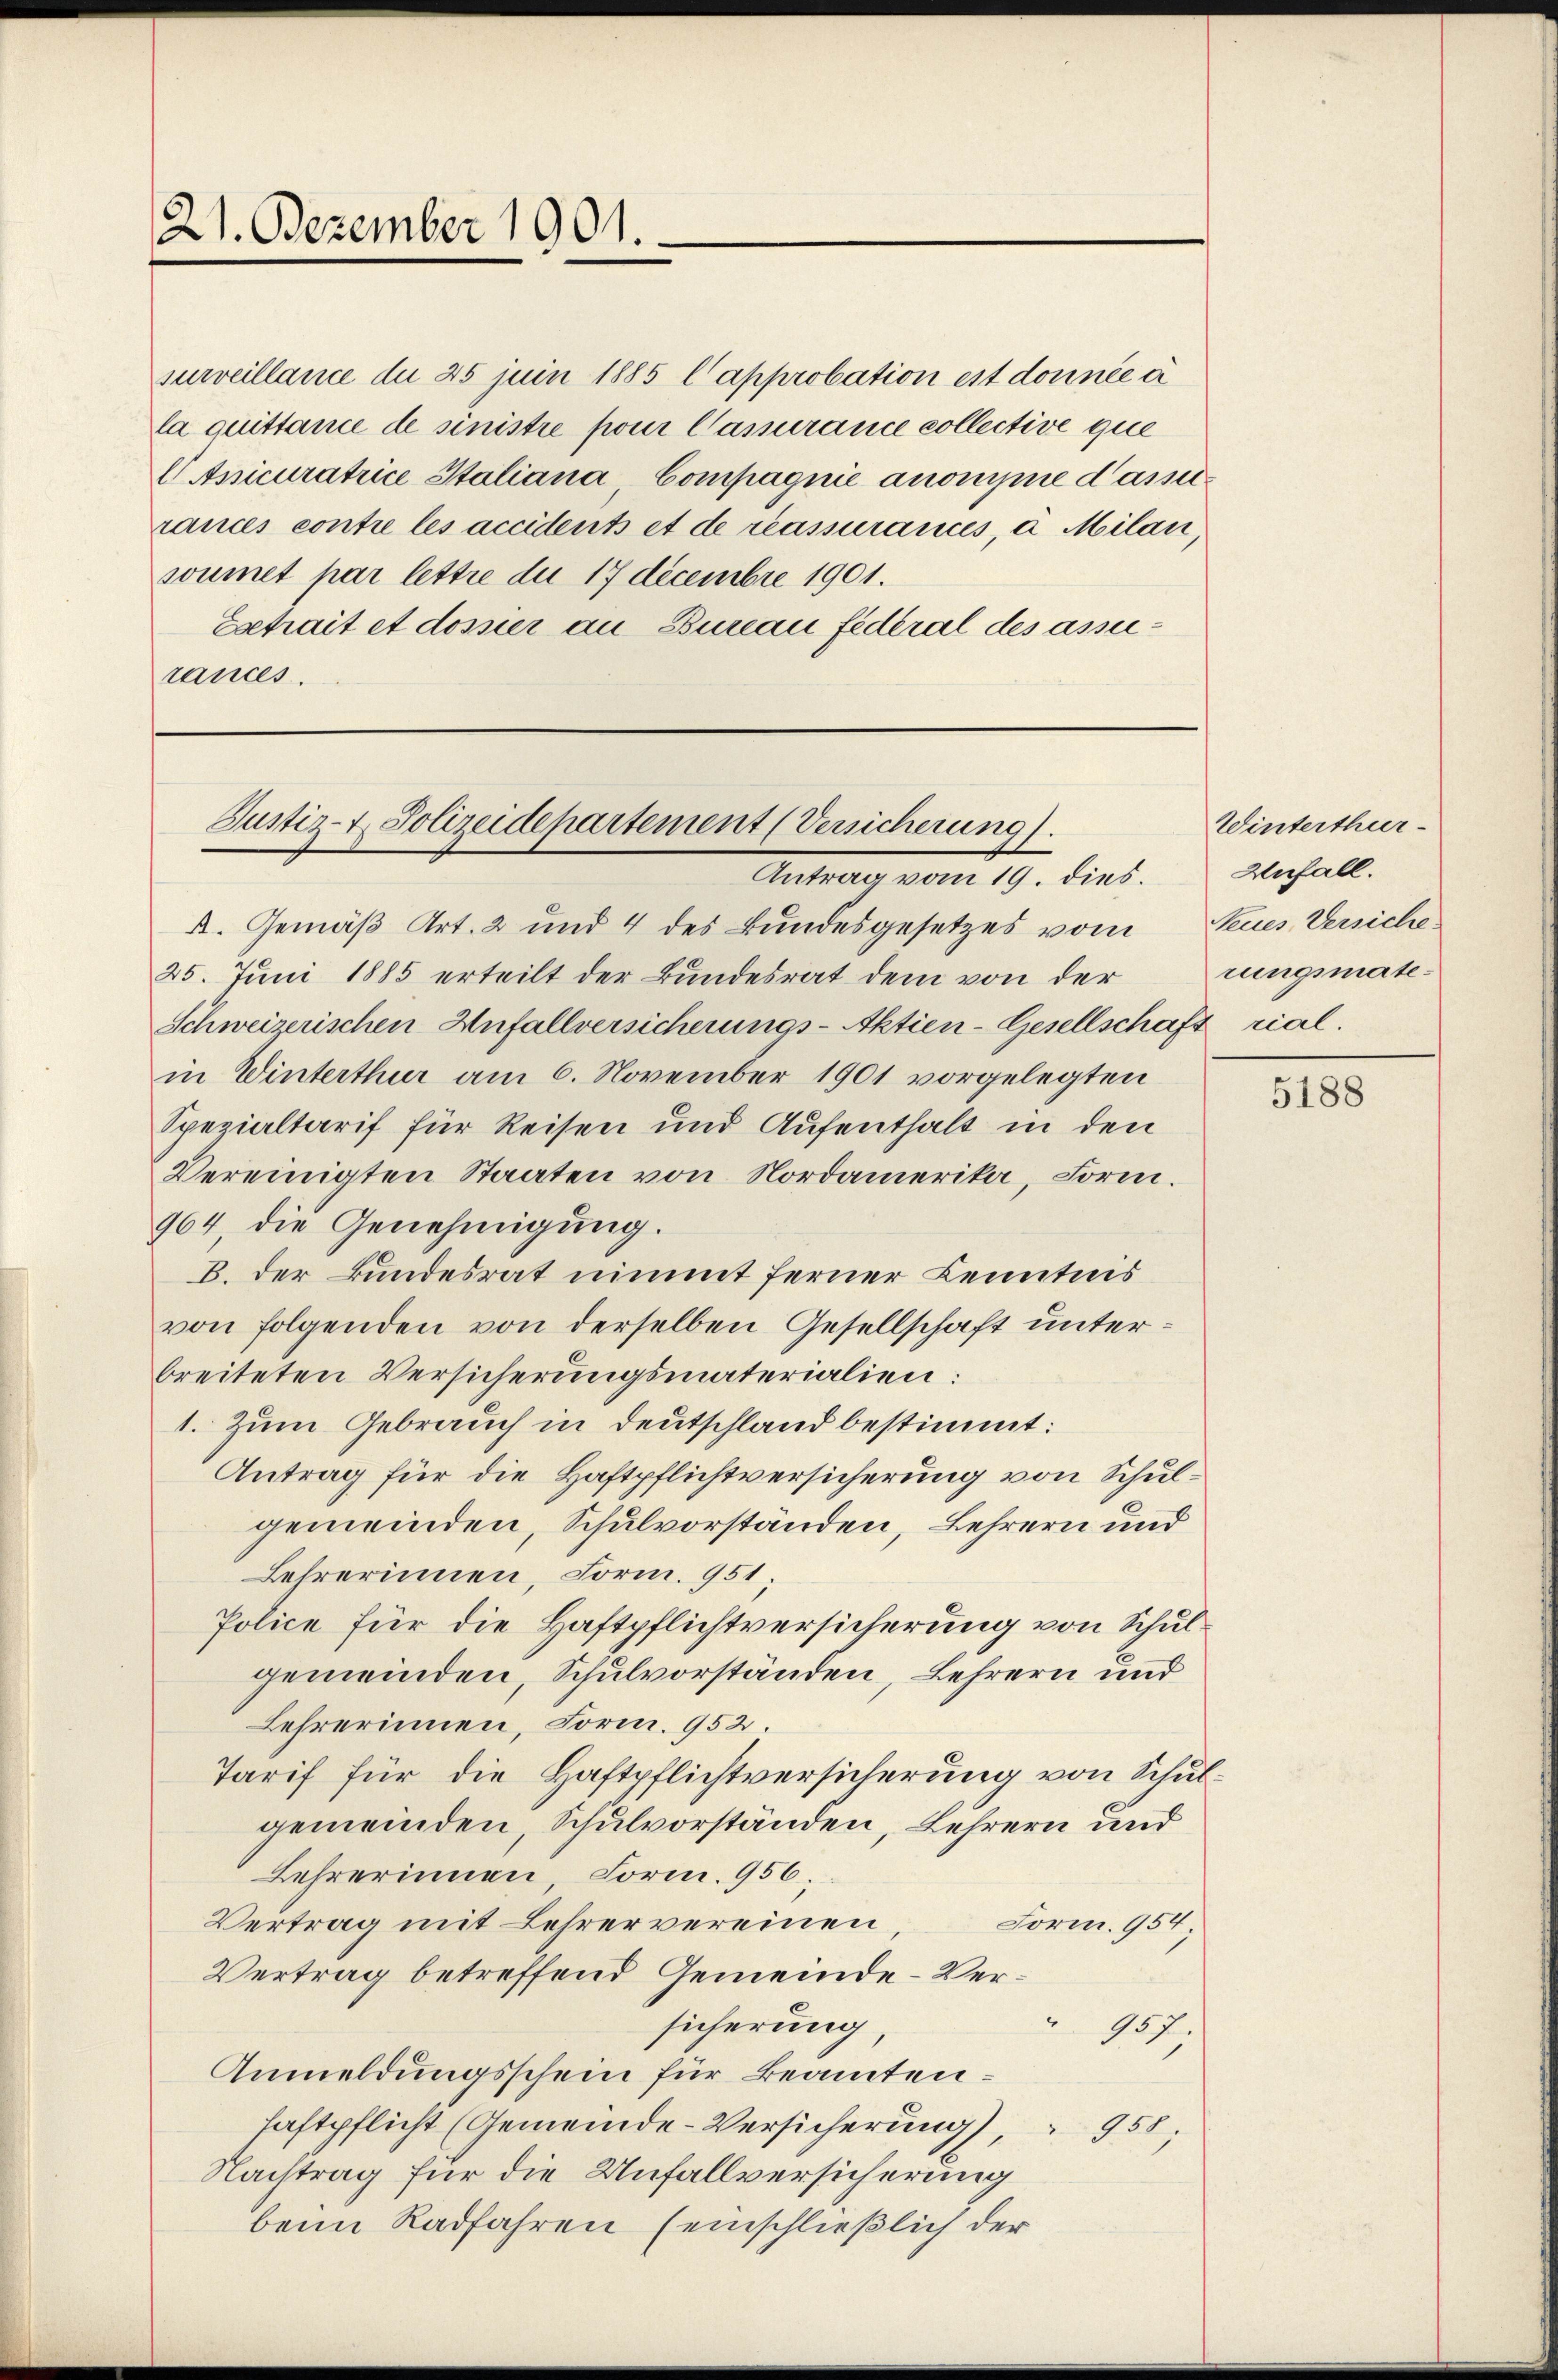
21. Dezember 1901.

surveillance du 25 juin 1885 l approbation est donnée à
la quittance de sinistre pour Cassurance collective que
Anicuratrice Italiana Compagnie anonisie dasse
rances contre les accidents et de réassurances, u. Milan,
soumet par lettre du 17 Decembre 1901.
Estrait et dossier an Bureau federal des assirances.

Justiz- & Polizeidepartement (Versicherung
Antrag vom 19. dies. Anfall.

k. Gemäß Art. 2 und 4 des Bundesgesetzes vom Neues Versiche
25. Juni 1885 erteilt der Bundesrat dem von der Krungsmate¬
Schweizerischen Anfallversicherungs-Aktien-Gesellschaft rial.
in Winterthur am 6. November 1901 vorgelegten
Spezialtarif für Reisen und Aufenthalt in den
Vereinigten Staaten von Nordamerika, Form.
964 die Genehmigung.
B. der Bundesrat nimmt ferner Kenntnis
von folgenden von derselben Gesellschaft unterbreiteten Versicherungsmaterialien:
1. Zum Gebrauch in Deutschland bestimmt:
Antrag für die Haftpflichtversicherung von Schulgemeinden, Schulvorständen, Lehrern und
Lehrerinnen, Form. 951
Police für die Haftpflichtversicherung von Schulgemeinden, Schulvorständen, Lehrern und
Lehrerinnen, Form. 952.
Tarif für die Haftpflichtversicherung von Schulgemeinden, Schulvorständen, Lehrern und
Lehrerinnen Form. 956;
Form. 954.
Vertrag mit Lehrer vereinen,
Vertrag betreffend Gemeinde-Versicherung
157.
Anmeldungsschein für Beamtenhaftpflicht (Gemeinde-Versicherung,
150.
Nachtrag für die Unfallversicherung
beim Radfahren (einschließlich der

Winterthur

5188